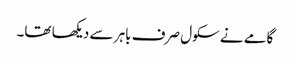
گامے نے سکول صرف باہر سے دیکھا تھا۔